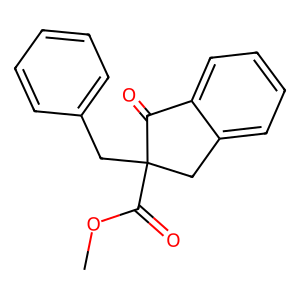
SMILES: COC(=O)C1(Cc2ccccc2)Cc2ccccc2C1=O
Inhibits HIV replication: No